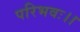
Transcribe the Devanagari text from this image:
परिभवः।।